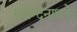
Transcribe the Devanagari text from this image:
रवीन्द्रनाथके